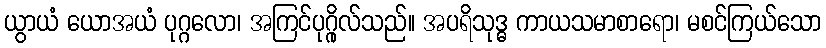
ယွာယံ ယောအယံ ပုဂ္ဂလော၊ အကြင်ပုဂ္ဂိုလ်သည်။ အပရိသုဒ္ဓ ကာယသမာစာရော၊ မစင်ကြယ်သော